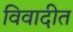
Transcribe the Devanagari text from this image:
विवादीत